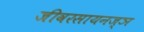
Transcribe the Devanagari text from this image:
जीवरसायनज्ञ